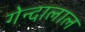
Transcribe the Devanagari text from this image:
गेन्दालाल